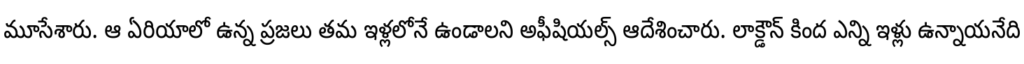
మూసేశారు. ఆ ఏరియాలో ఉన్న ప్రజలు తమ ఇళ్లలోనే ఉండాలని అఫీషియల్స్ ఆదేశించారు. లాక్డౌన్ కింద ఎన్ని ఇళ్లు ఉన్నాయనేది